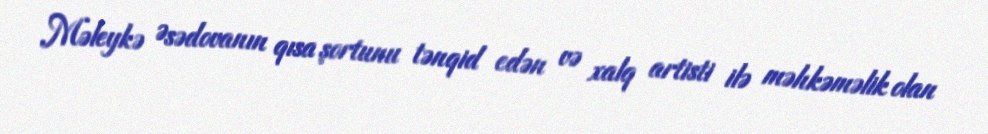
Məleykə Əsədovanın qısa şortunu tənqid edən və xalq artisti ilə məhkəməlik olan